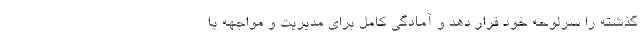
گذشته را سرلوحه خود قرار دهد و آمادگی کامل برای مدیریت و مواجهه با